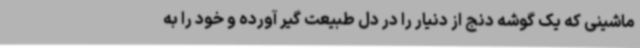
ماشینی که یک گوشه دنج از دنیار را در دل طبیعت گیر آورده و خود را به